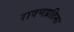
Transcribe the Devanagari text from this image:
रावणप्रतिमा